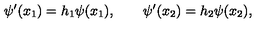
\psi ^ { \prime } ( x _ { 1 } ) = h _ { 1 } \psi ( x _ { 1 } ) , \qquad \psi ^ { \prime } ( x _ { 2 } ) = h _ { 2 } \psi ( x _ { 2 } ) ,